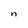
Character: n